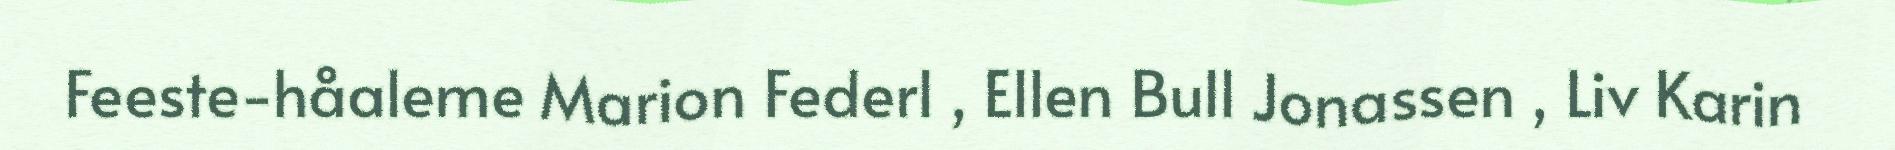
Feeste-håaleme Marion Federl , Ellen Bull Jonassen , Liv Karin